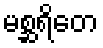
မစ္ဆရိတေ